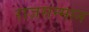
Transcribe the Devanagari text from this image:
राजसन्मान